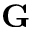
\mathbf { G }